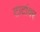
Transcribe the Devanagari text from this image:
टाटांवर